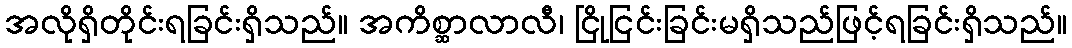
အလိုရှိတိုင်းရခြင်းရှိသည်။ အကိစ္ဆာလာလီ၊ ငြိုငြင်းခြင်းမရှိသည်ဖြင့်ရခြင်းရှိသည်။